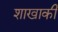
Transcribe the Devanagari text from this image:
शाखाकी